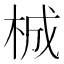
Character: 𭩴